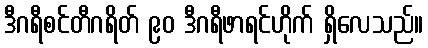
ဒီဂရီစင်တီဂရိတ် ၉၀ ဒီဂရီဖာရင်ဟိုက် ရှိလေသည်။